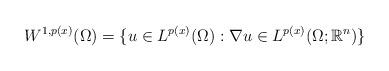
LaTeX: \begin{align*} W^{1,p(x)}(\Omega) = \{u \in L^{p(x)}(\Omega): \nabla u \in L^{p(x)}(\Omega; \mathbb{R}^n)\}\end{align*}